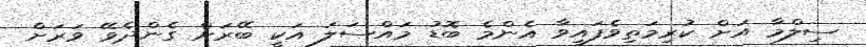
ސިލްމާ އަށް ކުރިމަތިވެފައިވާ އެންމެ ބޮޑު މައްސަލަ އަކީ ބޭރަށް ގެންދެވޭ ވަރަށް